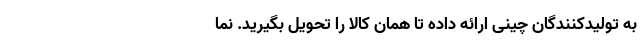
به تولیدکنندگان چینی ارائه داده تا همان کالا را تحویل بگیرید. نما